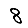
Digit: 8